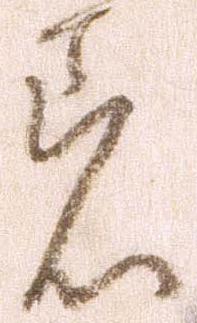
着